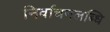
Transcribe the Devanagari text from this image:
निर्वाचनलब्धि